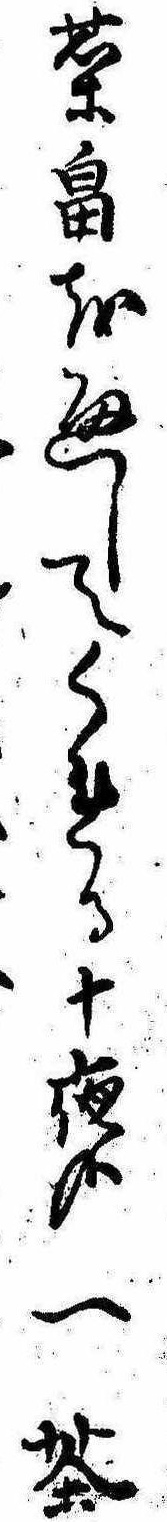
菜畠を通してくれる十夜哉一茶